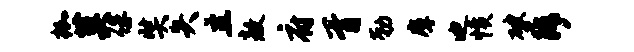
枷莫俘奘失主敖府胥勒摩迪愤破斥